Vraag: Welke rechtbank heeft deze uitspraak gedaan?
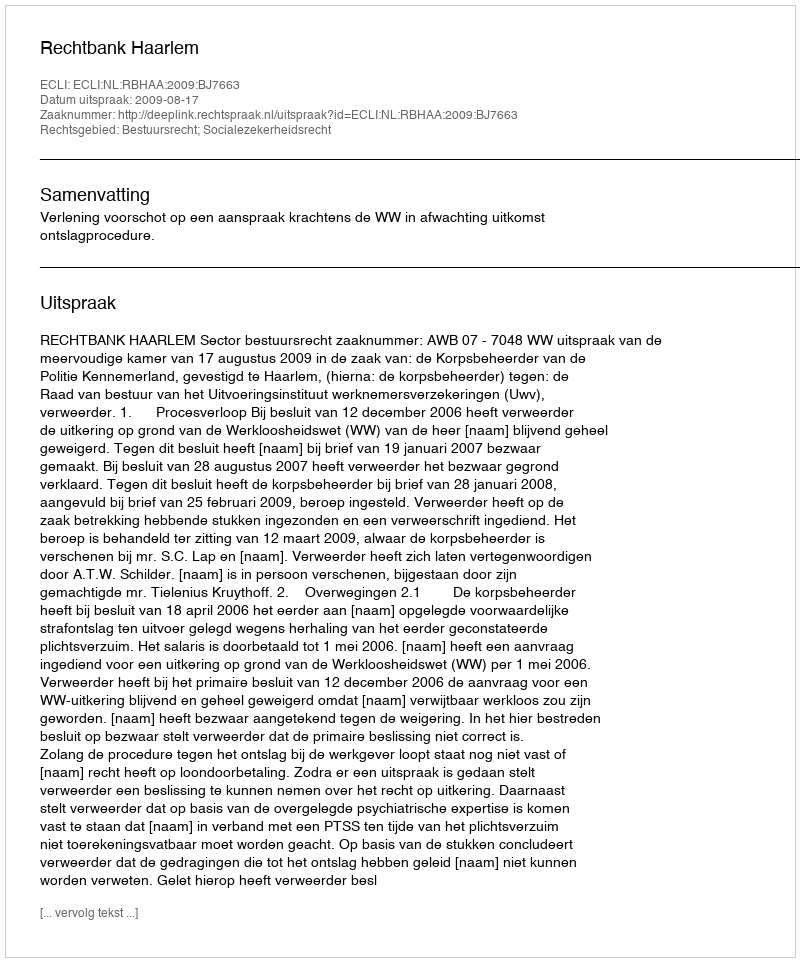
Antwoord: Rechtbank Haarlem